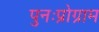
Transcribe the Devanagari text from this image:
पुनःप्रोग्राम